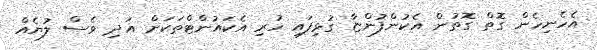
އެހެނިހެން ގޮތް ގޮތުން އެކުންފުންޏާ ގުޅިފައި ހުރި އެކައުންޓްތަކަށް އަދި ވެސް ލުޔެއް